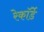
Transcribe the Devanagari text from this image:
रेकॉर्डे